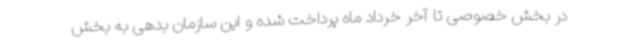
در بخش خصوصی تا آخر خرداد ماه پرداخت شده و این سازمان بدهی به بخش